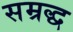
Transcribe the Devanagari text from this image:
सम्रद्ध